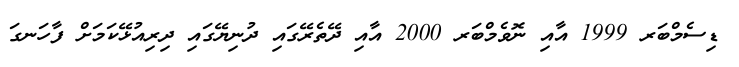
ޑިސެމްބަރ 1999 އާއި ނޮވެމްބަރ 2000 އާއި ދޭތެރޭގައި ދުނިޔޭގައި ދިރިއުޅޭކަމަށް ފާހަނގަ